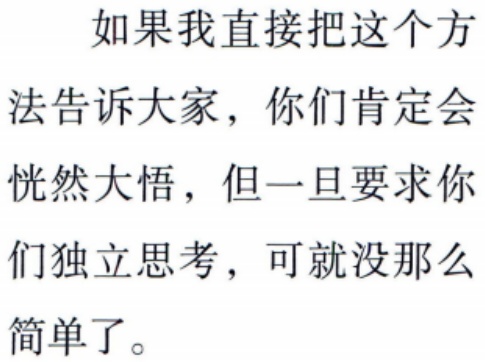
如果我直接把这个方法告诉大家，你们肯定会恍然大悟，但一旦要求你们独立思考，可就没那么简单了。